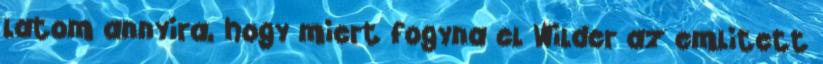
latom annyira, hogy miert fogyna el Wilder az emlitett